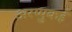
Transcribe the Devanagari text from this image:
अरप्पुकई